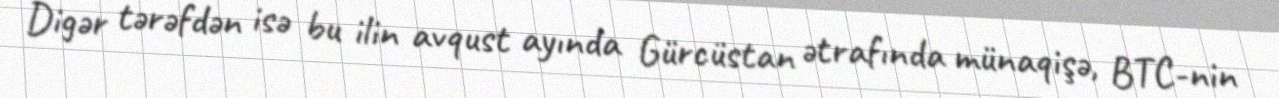
Digər tərəfdən isə bu ilin avqust ayında Gürcüstan ətrafında münaqişə, BTC-nin